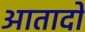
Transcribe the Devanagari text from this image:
आतादों